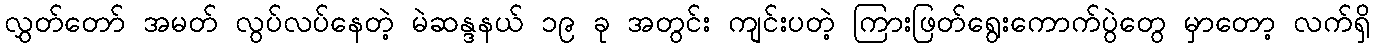
လွှတ်တော် အမတ် လွပ်လပ်နေတဲ့ မဲဆန္ဒနယ် ၁၉ ခု အတွင်း ကျင်းပတဲ့ ကြားဖြတ်ရွေးကောက်ပွဲတွေ မှာတော့ လက်ရှိ